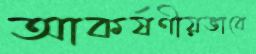
আকর্ষণীয়ভাবে